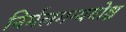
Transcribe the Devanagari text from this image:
निर्मलमन्ययोश्च